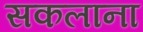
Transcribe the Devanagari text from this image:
सकलाना